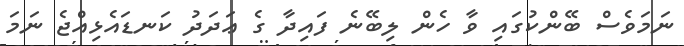
ނަމަވެސް ބޭންކުގައި ވާ ހެން ލިބޭނެ ފައިދާ ގެ ޢަދަދު ކަނޑައެޅިއްޖެ ނަމަ